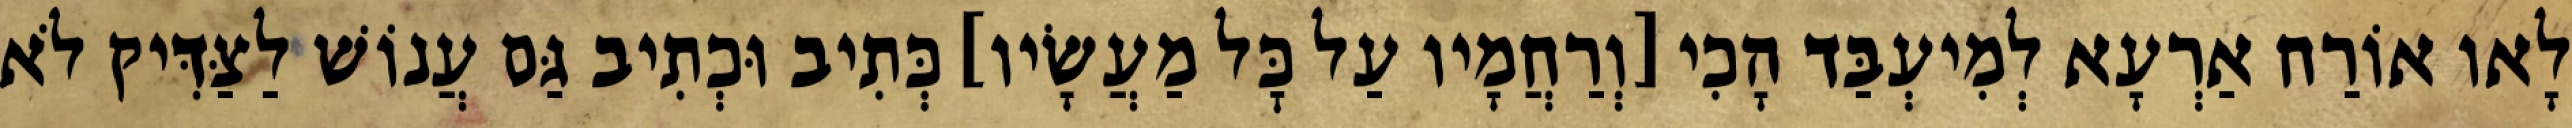
לָאו אוֹרַח אַרְעָא לְמִיעְבַּד הָכִי [וְרַחֲמָיו עַל כׇּל מַעֲשָׂיו] כְּתִיב וּכְתִיב גַּם עֲנוֹשׁ לַצַּדִּיק לֹא